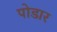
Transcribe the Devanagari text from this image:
पोडार